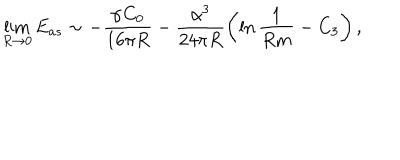
\lim _ { R \rightarrow 0 } E _ { a s } \sim - \frac { \alpha C _ { 0 } } { 1 6 \pi R } - \frac { \alpha ^ { 3 } } { 2 4 \pi R } \left( \ln \frac { 1 } { R m } - C _ { 3 } \right) ,